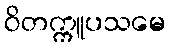
ဝိတက္ကူပသမေ